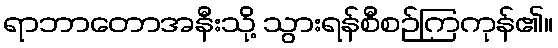
ရာဘာတောအနီးသို့ သွားရန်စီစဉ်ကြကုန်၏။